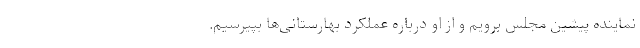
نماینده پیشین مجلس برویم و از او درباره عملکرد بهارستانی‌ها بپیرسیم.